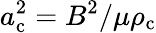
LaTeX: a_{\mathrm{c}}^{2}=B^{2}/\mu\rho_{\mathrm{c}}